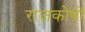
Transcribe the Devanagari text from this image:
राजकोषों